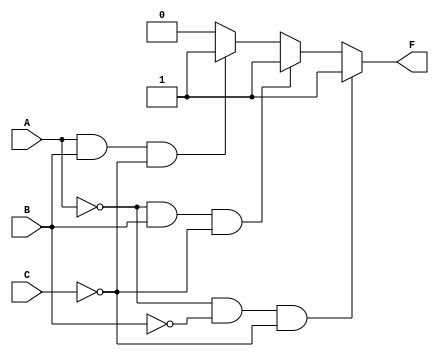
module sop_conditional (
    output wire F,
    input wire A, B, C
);

    assign F = ((A == 1'b0) && (B==1'b0) && (C == 1'b0)) ? 1'b1 :
               ((A == 1'b0) && (B==1'b1) && (C== 1'b0))  ? 1'b1 :
               ((A == 1'b1) && (B==1'b1) && (C == 1'b0)) ? 1'b1 :
                1'b0;

endmodule